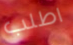
اطلب